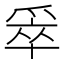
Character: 𰠄